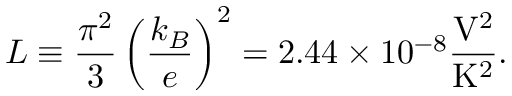
L \equiv \frac { \pi ^ { 2 } } { 3 } \left( \frac { k _ { B } } { e } \right) ^ { 2 } = 2 . 4 4 \times 1 0 ^ { - 8 } \frac { \mathrm { V } ^ { 2 } } { \mathrm { K ^ { 2 } } } .